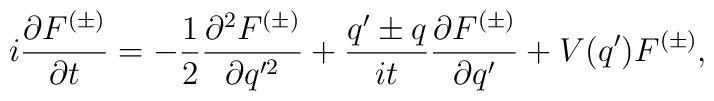
i \frac{\partial F^{(\pm)}}{\partial t} =  -\frac{1}{2} \frac{\partial ^2 F^{(\pm)}}{\partial q'^2} +  \frac{q'\pm q}{it} \frac{\partial F^{(\pm)}}{\partial q'}  + V(q')F^{(\pm)},